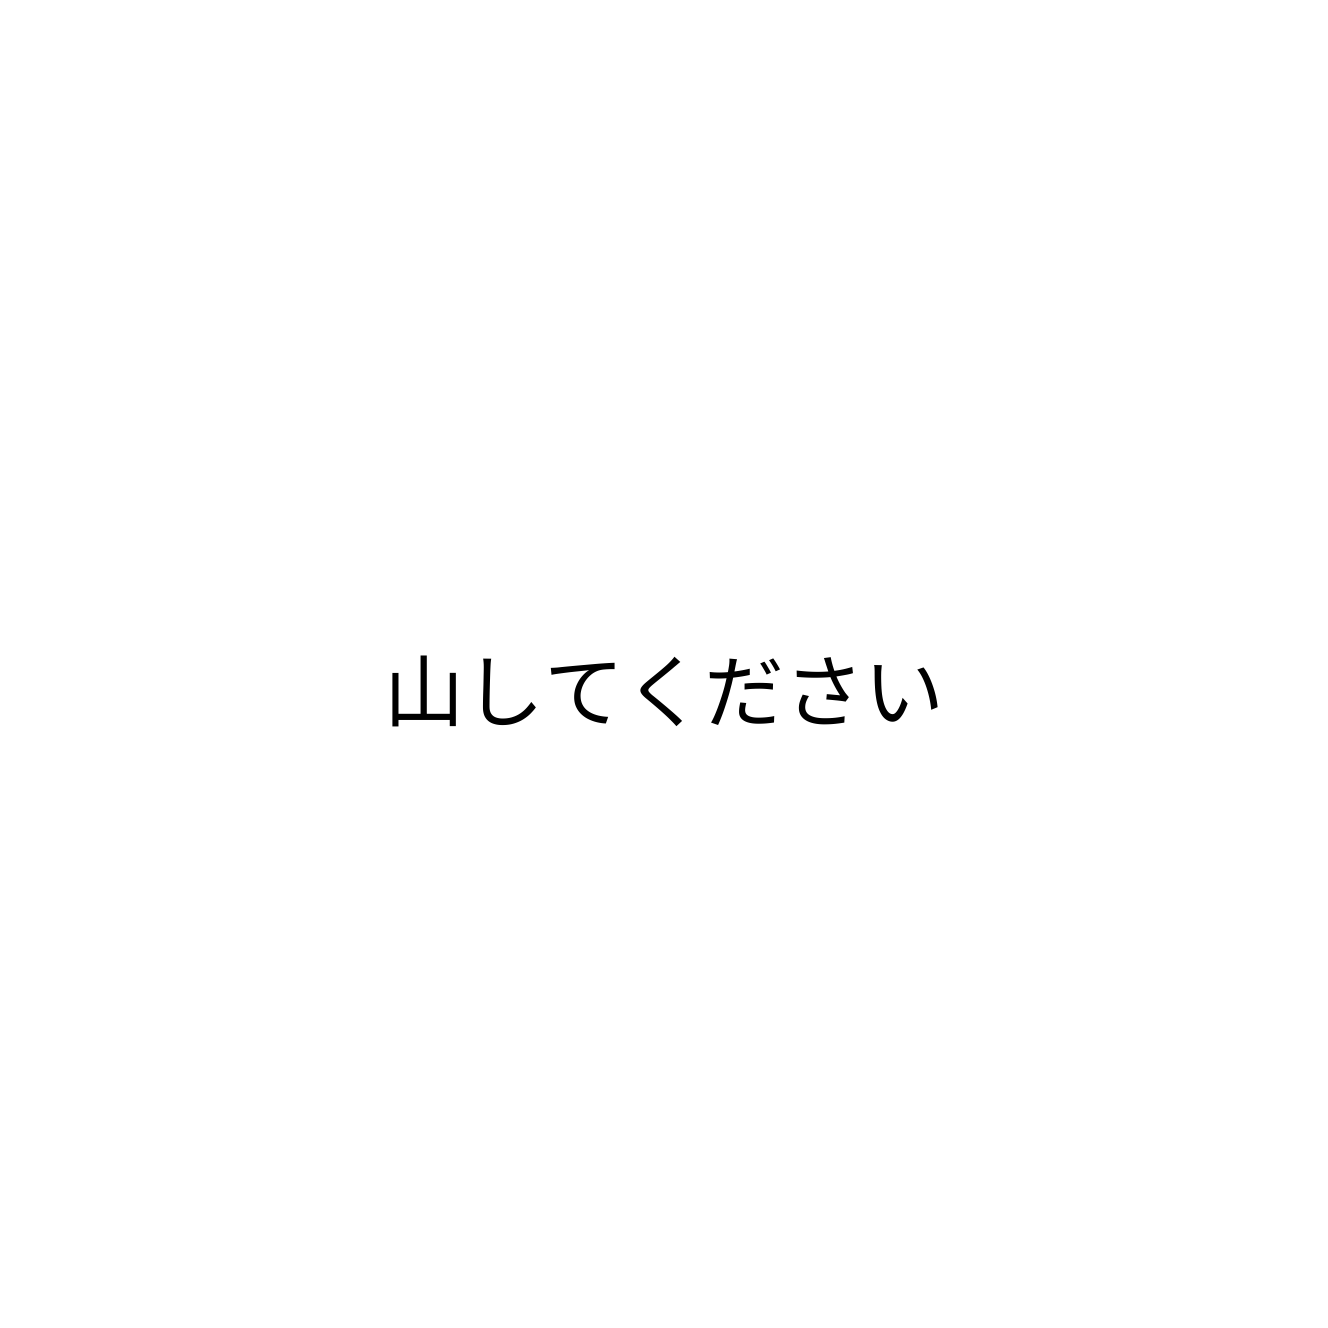
山してください